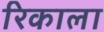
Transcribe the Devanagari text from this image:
रिकाला